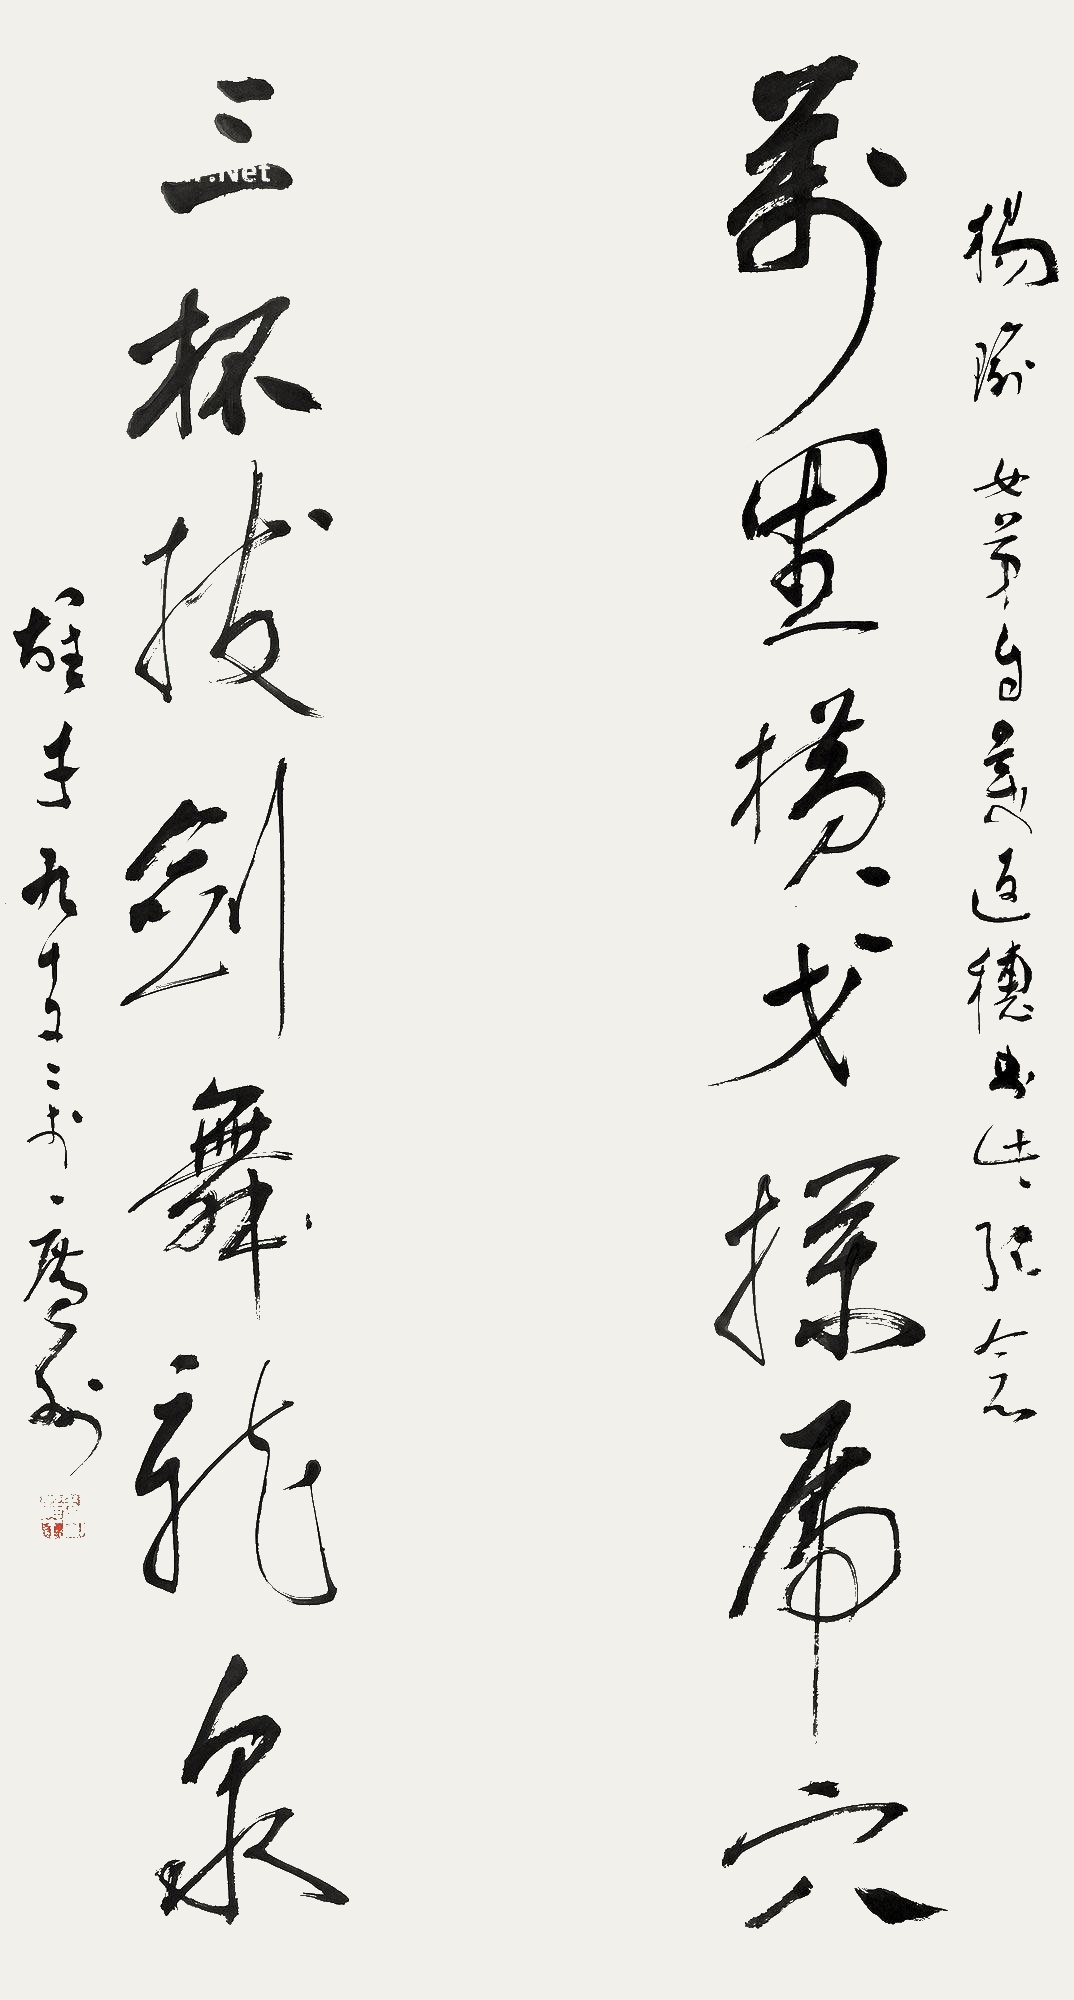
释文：万里横戈探虎穴，三杯拔剑舞龙泉。杨瑜女弟自美返穗，书此纪念，雄才九十又二于广州。